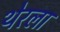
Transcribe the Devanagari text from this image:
थेरला